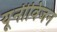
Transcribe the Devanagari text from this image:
यूनीविजन